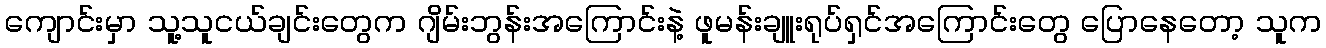
ကျောင်းမှာ သူ့သူငယ်ချင်းတွေက ဂျိမ်းဘွန်းအကြောင်းနဲ့ ဖူမန်းချူးရုပ်ရှင်အကြောင်းတွေ ပြောနေတော့ သူက